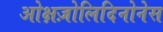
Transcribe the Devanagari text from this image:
ओक्षज़ोलिदिनोनेस